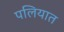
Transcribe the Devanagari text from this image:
पलियात